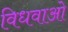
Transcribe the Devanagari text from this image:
विधवाओ